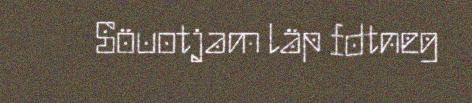
Söuotjam läp fdtneg